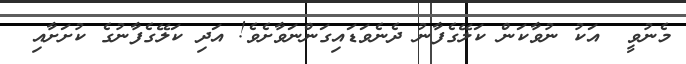
މެނުވީ  އަކު ނުވާކަން ކަލޭގެފާނު ދެނެވަޑައިގަންނަވާށެވެ! އަދި ކަލޭގެފާނުގެ ކުށަށާއި